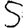
Digit: 5